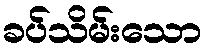
ခပ်သိမ်းသော